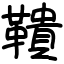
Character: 鞼